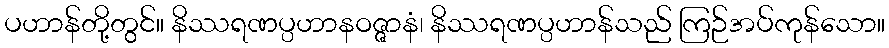
ပဟာန်တို့တွင်။ နိဿရဏပ္ပဟာနဝဇ္ဇာနံ၊ နိဿရဏပ္ပဟာန်သည် ကြဉ်အပ်ကုန်သော။